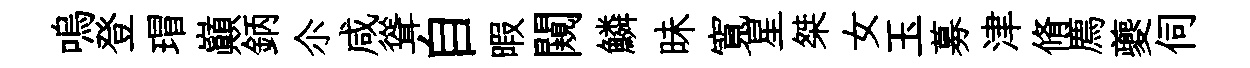
嗚登瑁巔鈵尒咸聳自暇闚鱗昧寬星桀女玉募津脩廌夔伺